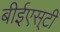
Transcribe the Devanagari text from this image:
बीईएस्‌टी